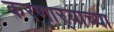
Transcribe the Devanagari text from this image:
करणार्‍याच्या